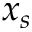
x _ { s }